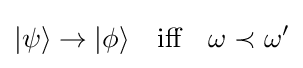
|\psi \rangle \rightarrow |\phi \rangle \quad {\text{iff}}\quad \omega \prec \omega '